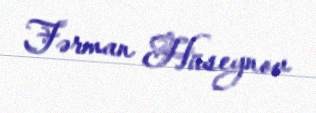
Fərman Hüseynov